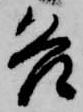
各